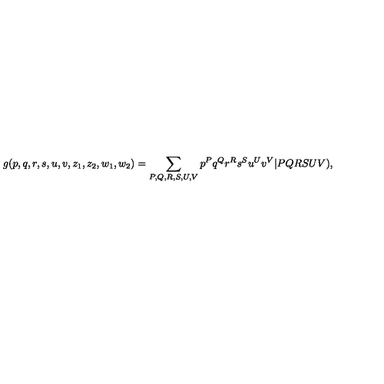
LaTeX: g ( p , q , r , s , u , v , z _ { 1 } , z _ { 2 } , w _ { 1 } , w _ { 2 } ) = \sum _ { P , Q , R , S , U , V } p ^ { P } q ^ { Q } r ^ { R } s ^ { S } u ^ { U } v ^ { V } \vert P Q R S U V ) ,